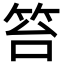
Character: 笞